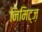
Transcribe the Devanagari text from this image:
निमिट्ज़